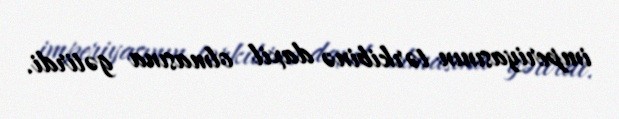
imperiyasının tərkibinə daxil olmasına gətirdi.